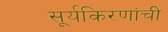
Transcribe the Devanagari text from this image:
सूर्यकिरणांची